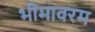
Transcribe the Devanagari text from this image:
भीमावरम